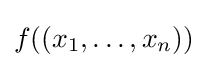
f((x_{1},\ldots ,x_{n}))